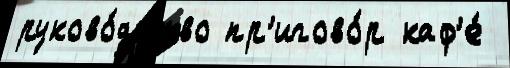
руково́дство пр'игово́р каф'е́